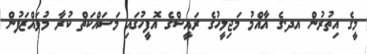
މީގެ އިތުރުން އދ.ގެ އާއްމު މަޖިލީހުގެ ރައީސްގެ އޮފީހުގައި މަސައްކަތް ކުރާ މުވައްޒަފުން